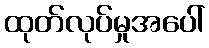
ထုတ်လုပ်မှုအပေါ်